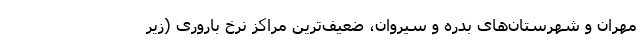
مهران و شهرستان‌های بدره و سیروان، ضعیف‌ترین مراکز نرخ باروری (زیر